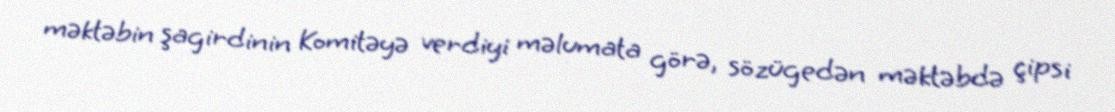
məktəbin şagirdinin Komitəyə verdiyi məlumata görə, sözügedən məktəbdə çipsi